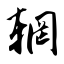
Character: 辋